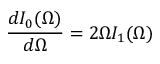
\frac { d I _ { 0 } ( \Omega ) } { d \Omega } = 2 \Omega I _ { 1 } ( \Omega )